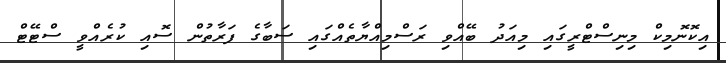
އިކޮނޮމިކް މިނިސްޓްރީގައި މިއަދު ބޭއްވި ރަސްމިއްޔާތެއްގައި ސަބާގެ ފަރާތުން ސޮއި ކުރެއްވީ ސްޓޭޓް